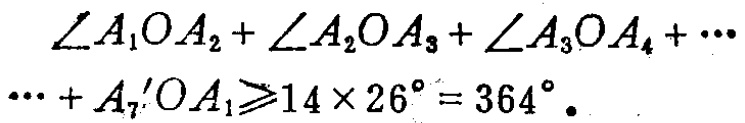
\(\angle A_{1}OA_{2}+\angle A_{2}OA_{3}+\angle A_{3}OA_{4}+\cdots+\angle A_{7}'OA_{1}\geqslant 14\times 26^{\circ}=364^{\circ}\)